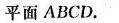
平面 ABCD.